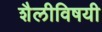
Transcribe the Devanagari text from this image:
शैलीविषयी